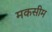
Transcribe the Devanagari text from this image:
मकसीम